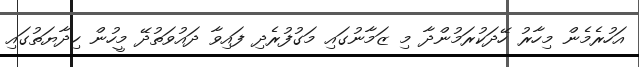
އަހުރެމެން މިހާރު ހޭދަކުރަމުންދާ މި ޒަމާނުގައި މަގުފުރެދި ފައިވާ ދައުވަތުދޭ މީހުން ހިދާޔަތުގައި